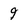
Character: 9